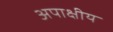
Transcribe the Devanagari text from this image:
अपाक्षीय